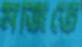
মর্জিতে